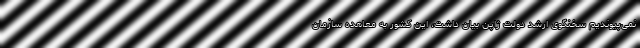
نمی‌پیوندیم سخنگوی ارشد دولت ژاپن بیان داشت، این کشور به معاهده سازمان